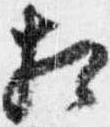
相